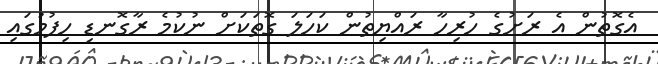
އެގޮތުން އެ ރަށުގެ ހުރިހާ ރައްޔިތުން ކަހަލަ ގޮތަކަށް ނުކުމެ ރާގޮނޑި ހިފުމުގައި